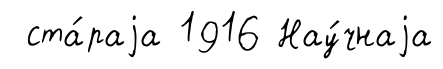
ста́раjа 1916 Нау́чнаjа